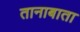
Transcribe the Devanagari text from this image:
तानाबाता